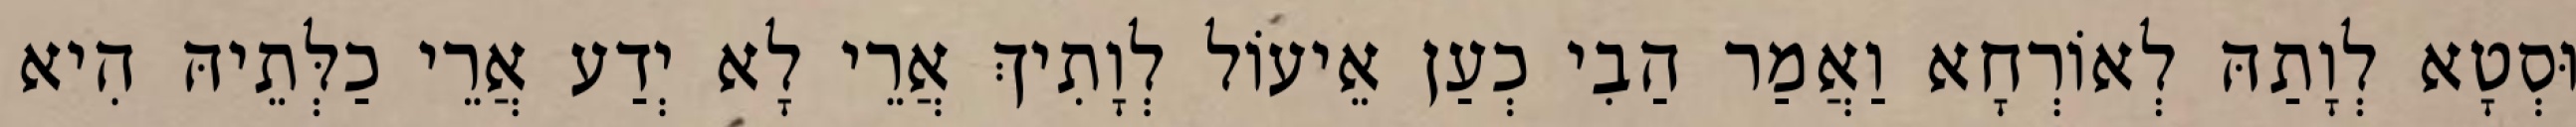
וּסְטָא לְוָתַהּ לְאוֹרְחָא וַאֲמַר הַבִי כְעַן אֵיעוֹל לְוָתִיךְ אֲרֵי לָא יְדַע אֲרֵי כַלְּתֵיהּ הִיא